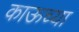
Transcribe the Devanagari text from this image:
काऊच्या